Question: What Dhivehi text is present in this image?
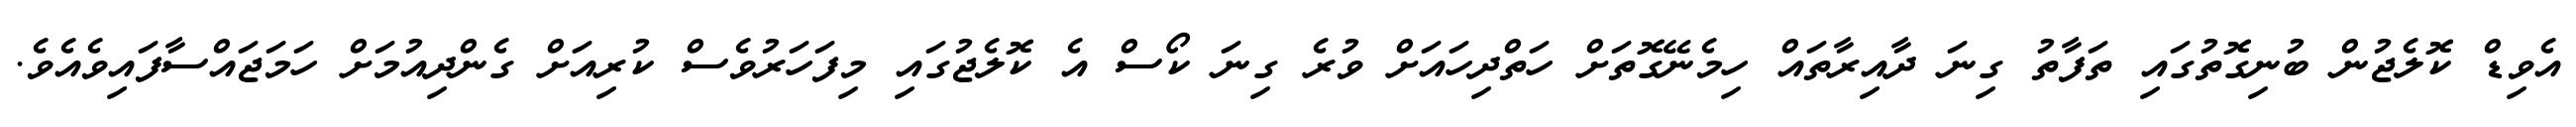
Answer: އެވިޑް ކޮލެޖުން ބުނިގޮތުގައި ތަފާތު ގިނަ ދާއިރާތައް ހިމެނޭގޮތަށް ހަތްދިހައަށް ވުރެ ގިނަ ކޯސް އެ ކޮލެޖުގައި މިފަހަރުވެސް ކުރިއަށް ގެންދިއުމަށް ހަމަޖައްސާފައިވެއެވެ.